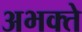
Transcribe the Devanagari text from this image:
अभक्ते